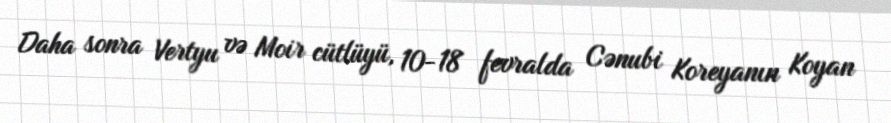
Daha sonra Vertyu və Moir cütlüyü, 10-18 fevralda Cənubi Koreyanın Koyan